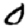
Digit: 0